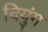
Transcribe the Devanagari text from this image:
चियुंग